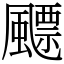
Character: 飃